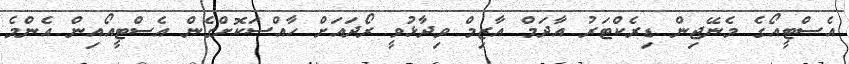
އެސްޓީއޯގެ މެނޭޖިން ޑިރެކްޓަރު އާދަމް އާޒިމް ވިދާޅުވީ ރޯދައަށް ހާއްސަކޮށްގެން އެސްޓީއޯއިން އެންމެ